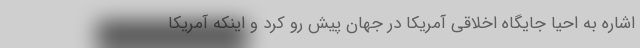
اشاره به احیا جایگاه اخلاقی آمریکا در جهان پیش رو کرد و اینکه آمریکا